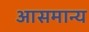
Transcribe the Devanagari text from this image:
आसमान्य